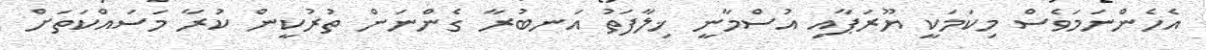
އެހެންނަމަވެސް މިކަމަކީ ޔޫރަޕާއި އުސްމާނީ ޚިލާފަތު އަނބުރާ ގެންނަން ތުރުކީން ކުރާ މަސައްކަތަަށް